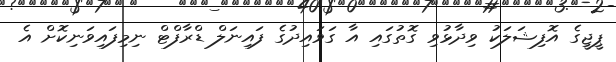
ޕީޖީގެ އޮފިޝަލަކު ވިދާޅުވި ގޮތުގައި އާ ގަވައިދުގެ ފައިނަލް ޑްރާފްޓް ނިމިފައިވަނިކޮށް އެ